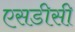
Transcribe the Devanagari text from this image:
एसडीसी